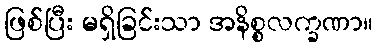
ဖြစ်ပြီး မရှိခြင်းသာ အနိစ္စလက္ခဏာ။